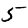
Digit: 5